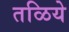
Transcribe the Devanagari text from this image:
तळिये